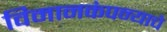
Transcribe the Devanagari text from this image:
विमानकंपन्याचे